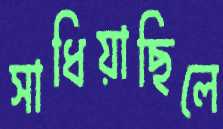
সাধিয়াছিলে